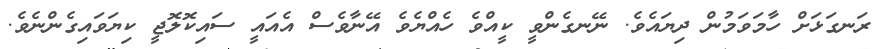
ރަނގަޅަށް ހާމަވަމުން ދިޔައެވެ. ނޭނގެންވީ ކީއްވެ ހެއްޔެވެ އޭނާވެސް އެއައީ ސައިކޮލޮޖީ ކިޔަވައިގެންނެވެ.